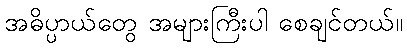
အဓိပ္ပာယ်တွေ အများကြီးပါ စေချင်တယ်။